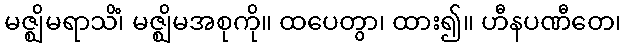
မဇ္ဈိမရာသိံ၊ မဇ္ဈိမအစုကို။ ထပေတွာ၊ ထား၍။ ဟီနပဏီတေ၊